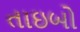
તાઇબો